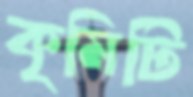
কৃমিটি